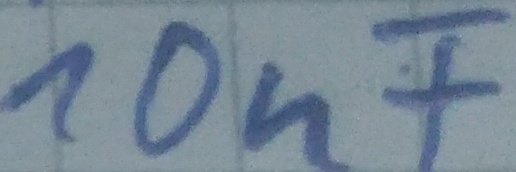
Text: 10nF